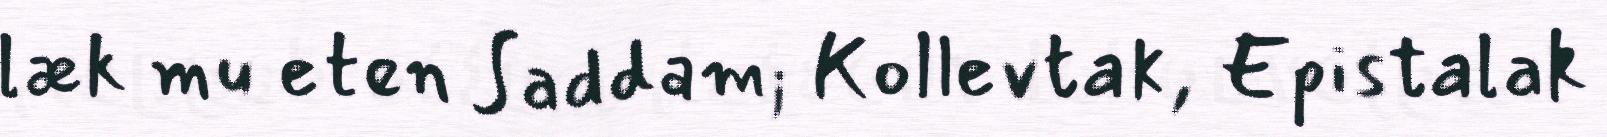
læk mu eten Saddam; Kollevtak, Epistalak